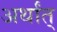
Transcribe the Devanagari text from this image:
अर्थांत्